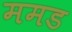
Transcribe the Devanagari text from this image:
ममड